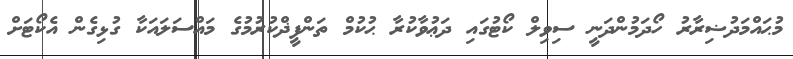
މުޙައްމަދުޟިރާރު ހޯދަމުންދަނީ ސިވިލް ކޯޓުގައި ދަޢުވާކުރާ ޙުކުމް ތަންފީޛްކުރުމުގެ މައްސަލައަކާ ގުޅިގެން އެކޯޓަށް